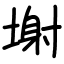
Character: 塮